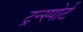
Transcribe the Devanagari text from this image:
ट्रन्स्पोर्ट